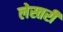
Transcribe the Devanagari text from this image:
लेस्तरी